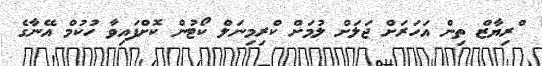
ްރިޔާޒް ތިން އަހަރަށް ޖަލަށް ލުމަށް ކްރިމިނަލް ކޯޓުން ކޮށްފައިވާ ހުކުމް އޭނާގެ